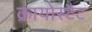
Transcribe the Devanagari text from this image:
क्रायोस्टैट